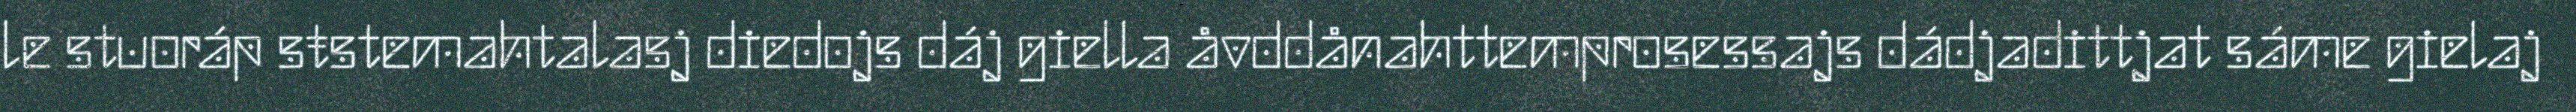
le stuoráp sŧstemahtalasj diedojs dáj giella åvddånahttemprosessajs dádjadittjat sáme gielaj